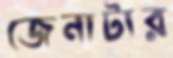
জেনাটার